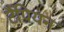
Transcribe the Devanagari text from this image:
टैंपियन